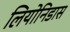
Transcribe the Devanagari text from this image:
लियोनिडास